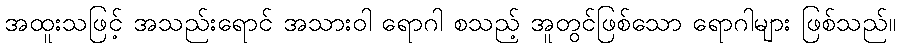
အထူးသဖြင့် အသည်းရောင် အသားဝါ ရောဂါ စသည့် အူတွင်ဖြစ်သော ရောဂါများ ဖြစ်သည်။